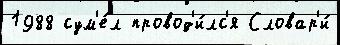
1988 сум'е́л провод'и́лс'я Словар'и́